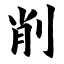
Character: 削